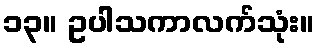
၁၃။ ဥပါသကာလက်သုံး။